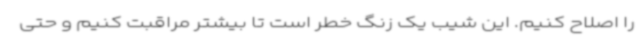
را اصلاح کنیم. این شیب یک زنگ خطر است تا بیشتر مراقبت کنیم و حتی